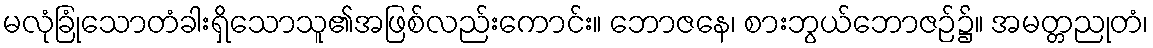
မလုံခြုံသောတံခါးရှိသောသူ၏အဖြစ်လည်းကောင်း။ ဘောဇနေ၊ စားဘွယ်ဘောဇဉ်၌။ အမတ္တညုတံ၊